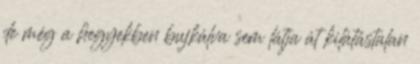
de még a hegyekben bujkálva sem látja át kilátástalan